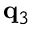
\mathbf { q } _ { 3 }